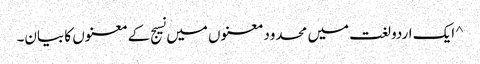
^ ایک اردو لغت میں محدود معنوں میں نسیج کے معنوں کا بیان۔